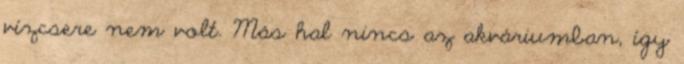
vízcsere nem volt. Más hal nincs az akváriumban, így